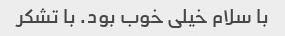
با سلام خیلی خوب بود. با تشکر